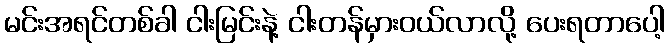
မင်းအရင်တစ်ခါ ငါးမြင်းနဲ့ ငါးတန်မှားဝယ်လာလို့ ပေးရတာပေါ့